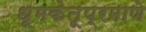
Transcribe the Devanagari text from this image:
धूमकेतूप्रमाणे